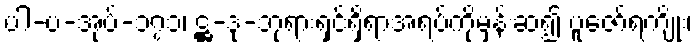
ပါ-ပ-အုပ်-၁၇၁၊ ဋ္ဌ-ဒု-ဘုရားရှင်ရှိရာအရပ်ကိုမှန်းဆ၍ ပူဇော်ရကျိုး၊